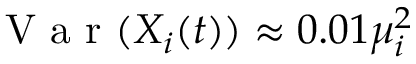
\mathrm { ~ V ~ a ~ r ~ } ( X _ { i } ( t ) ) \approx 0 . 0 1 \mu _ { i } ^ { 2 }